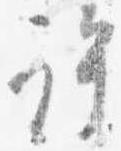
許